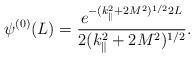
\begin{align*} \psi^{(0)}(L)=\frac{ e^{-(k_{\|}^2+2 M^2)^{1/2} 2 L} }{ 2 (k_{\|}^2+2 M^2)^{1/2} }.\end{align*}